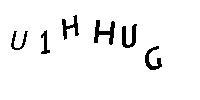
U1HHUG